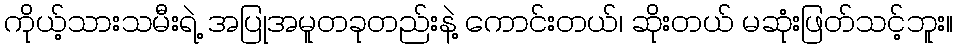
ကိုယ့်သားသမီးရဲ့ အပြုအမူတခုတည်းနဲ့ ကောင်းတယ်၊ ဆိုးတယ် မဆုံးဖြတ်သင့်ဘူး။